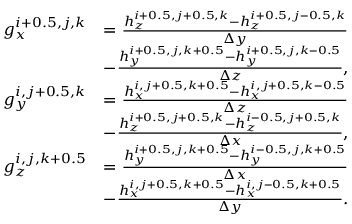
\begin{array} { r l } { g _ { x } ^ { i + 0 . 5 , j , k } } & { = \frac { h _ { z } ^ { i + 0 . 5 , j + 0 . 5 , k } - h _ { z } ^ { i + 0 . 5 , j - 0 . 5 , k } } { \Delta y } } \\ & { - \frac { h _ { y } ^ { i + 0 . 5 , j , k + 0 . 5 } - h _ { y } ^ { i + 0 . 5 , j , k - 0 . 5 } } { \Delta z } , } \\ { g _ { y } ^ { i , j + 0 . 5 , k } } & { = \frac { h _ { x } ^ { i , j + 0 . 5 , k + 0 . 5 } - h _ { x } ^ { i , j + 0 . 5 , k - 0 . 5 } } { \Delta z } } \\ & { - \frac { h _ { z } ^ { i + 0 . 5 , j + 0 . 5 , k } - h _ { z } ^ { i - 0 . 5 , j + 0 . 5 , k } } { \Delta x } , } \\ { g _ { z } ^ { i , j , k + 0 . 5 } } & { = \frac { h _ { y } ^ { i + 0 . 5 , j , k + 0 . 5 } - h _ { y } ^ { i - 0 . 5 , j , k + 0 . 5 } } { \Delta x } } \\ & { - \frac { h _ { x } ^ { i , j + 0 . 5 , k + 0 . 5 } - h _ { x } ^ { i , j - 0 . 5 , k + 0 . 5 } } { \Delta y } . } \end{array}